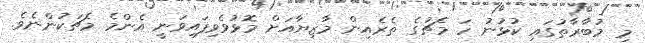
މި މުބާރާތުގައި ކުޅުނު ހަ މެޗުގެ ތެރެއިން މާޒިޔާއަށް މޮޅުވެވިފައިވަނީ އެންމެ މެޗަކުންނެވެ.